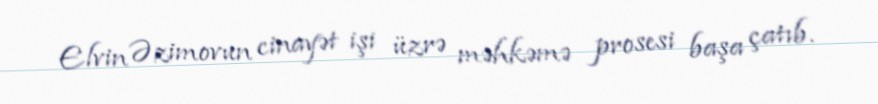
Elvin Əzimovun cinayət işi üzrə məhkəmə prosesi başa çatıb.